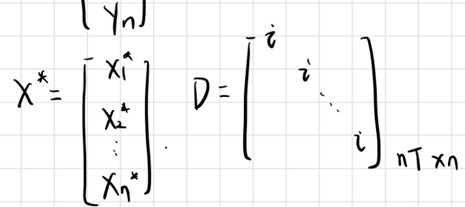
\[
X^{*}=\begin{bmatrix}
Y_{n}\\
x_{1}^{*}\\
x_{2}^{*}\\
\vdots\\
x_{n}^{*}
\end{bmatrix},
\quad
D = \begin{bmatrix}
i\\
& i\\
& & \ddots\\
& & & i
\end{bmatrix}_{nT\times n}
\]